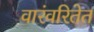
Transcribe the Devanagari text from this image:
वारंवरितेत